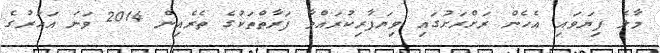
މާލެ ފިޔަވައި އެހެން ރަށްރަށުގައި ވިޔަފާރިކުރައްވާ ފަރާތްތަކުގެ ތެރެއިން 2014 ވަނަ އަހަރުގެ